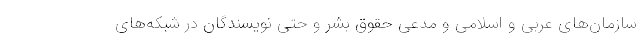
سازمان‌های عربی و اسلامی و مدعی حقوق بشر و حتی نویسندگان در شبکه‌های